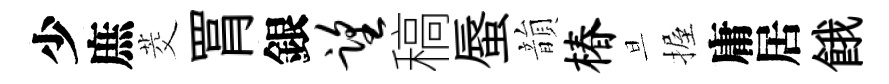
少庶茭罥銀望稿蜃韻椿旦握庸居餓